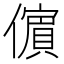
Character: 𭀀